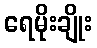
ရေမိုးချိုး